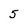
Character: 5